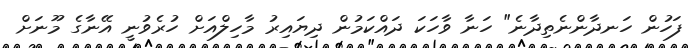
ފަހުން ހަނދާންނެތިދާނެ" ހަނާ ވާހަކަ ދައްކަމުން ދިޔައިރު މާހިލްއަށް ހުރެވުނީ އޭނާގެ މޫނަށް